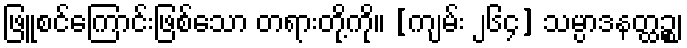
ဖြူစင်ကြောင်းဖြစ်သော တရားတို့ကို။ [ကျမ်း ၂၆၄] သမ္ပာဒနတ္ထဉ္စ၊